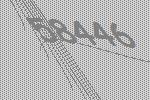
58446